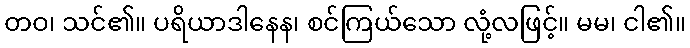
တဝ၊ သင်၏။ ပရိယာဒါနေန၊ စင်ကြယ်သော လုံ့လဖြင့်။ မမ၊ ငါ၏။